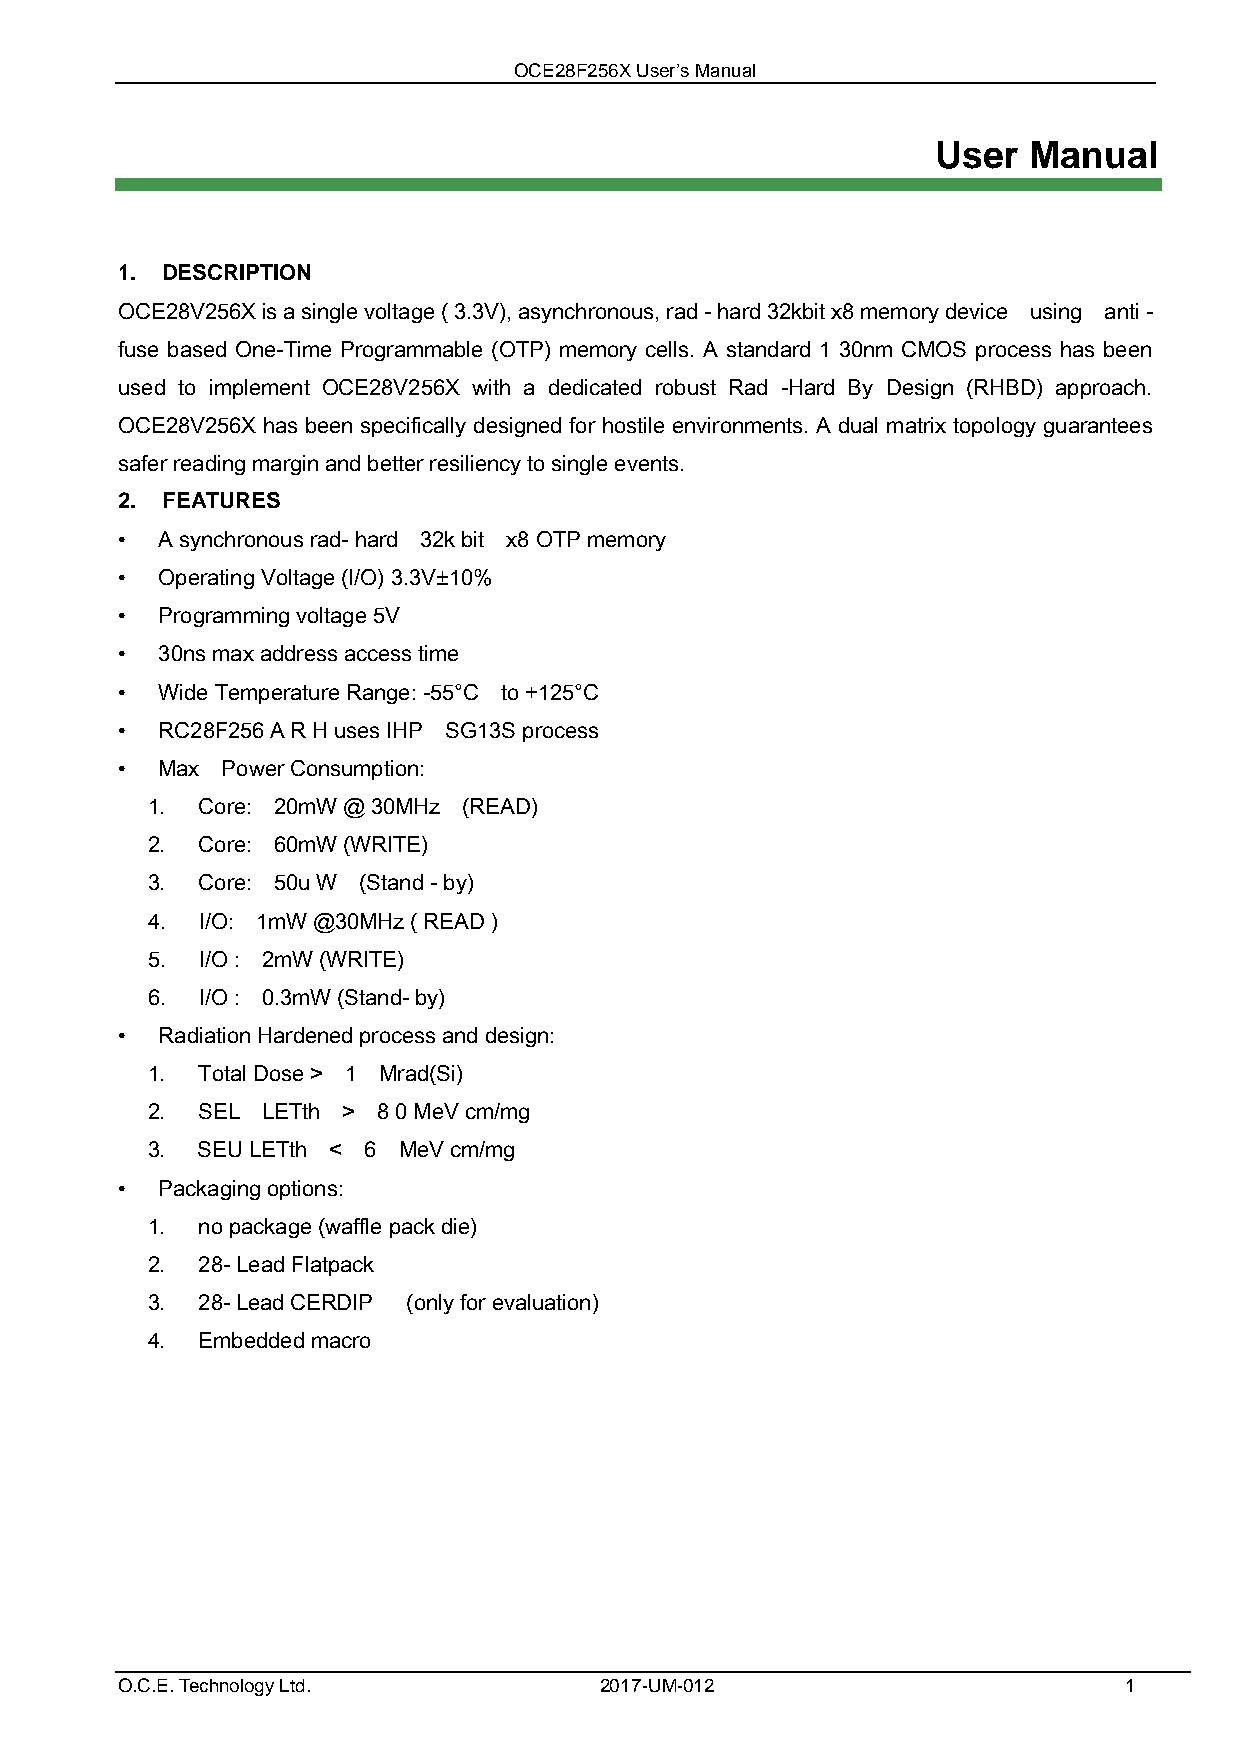
OCE28F256X User’s Manual
 User  Manual
 1. DESCRIPTION
 OCE28V256X is a single voltage ( 3.3V), asynchronous, rad - hard 32kbit x8 memory device using anti -
 fuse based One-Time Programmable (OTP) memory cells. A standard 1 30nm CMOS process has been
 used to implement OCE28V256X with a dedicated robust Rad -Hard By Design (RHBD) approach.
 OCE28V256X has been specifically designed for hostile environments. A dual matrix topology guarantees
 safer reading margin and better resiliency to single events.
 2. FEATURES
 • A synchronous rad- hard 32k bit x8 OTP memory
 • Operating Voltage (I/O) 3.3V±10%
 • Programming voltage 5V
 • 30ns max address access time
 • Wide Temperature Range: -55°C to +125°C
 • RC28F256 A R H uses IHP SG13S process
 • Max  Power Consumption:
 1. Core: 20mW @ 30MHz (READ)
 2. Core: 60mW (WRITE)
 3. Core: 50u W (Stand - by)
 4. I/O: 1mW @30MHz ( READ )
 5. I/O : 2mW (WRITE)
 6. I/O : 0.3mW (Stand- by)
 • Radiation Hardened process and design:
 1. Total Dose > 1 Mrad(Si)
 2. SEL LETth > 8 0 MeV cm/mg
 3. SEU LETth < 6 MeV cm/mg
 • Packaging options:
 1. no package (waffle pack die)
 2. 28- Lead Flatpack
 3. 28- Lead CERDIP (only for evaluation)
 4. Embedded macro
 O.C.E. Technology Ltd.          2017-UM-012                       1